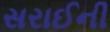
સરાઈની